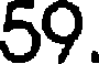
59.